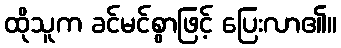
ထိုသူက ခင်မင်စွာဖြင့် ပြေးလာ၏။